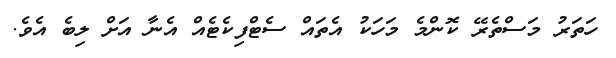
ހަތަރު މަސްތެރޭ ކޮންމެ މަހަކު އެތައް ސެޓްފިކެޓެއް އެނާ އަށް ލިބެ އެވެ.